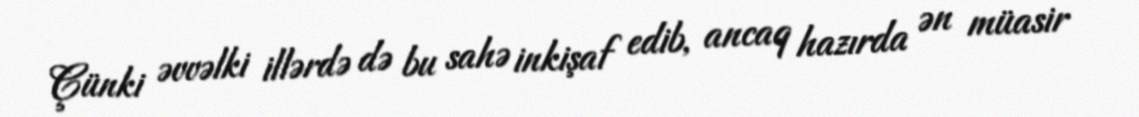
Çünki əvvəlki illərdə də bu sahə inkişaf edib, ancaq hazırda ən müasir